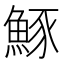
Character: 𫙠